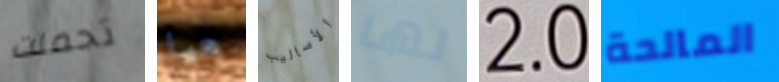
تحملت هيا الأساليب لها 2.0 المالحة